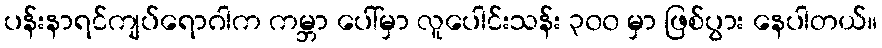
ပန်းနာရင်ကျပ်ရောဂါက ကမ္ဘာ ပေါ်မှာ လူပေါင်းသန်း ၃၀၀ မှာ ဖြစ်ပွား နေပါတယ်။